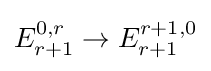
E_{r+1}^{0,r}\to E_{r+1}^{r+1,0}